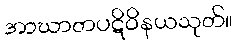
အာဃာတပဋိဝိနယသုတ်။